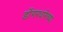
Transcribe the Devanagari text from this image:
डोंगरधारेच्या